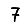
Digit: 7